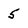
Character: 5